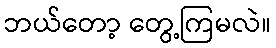
ဘယ်တော့ တွေ့ကြမလဲ။